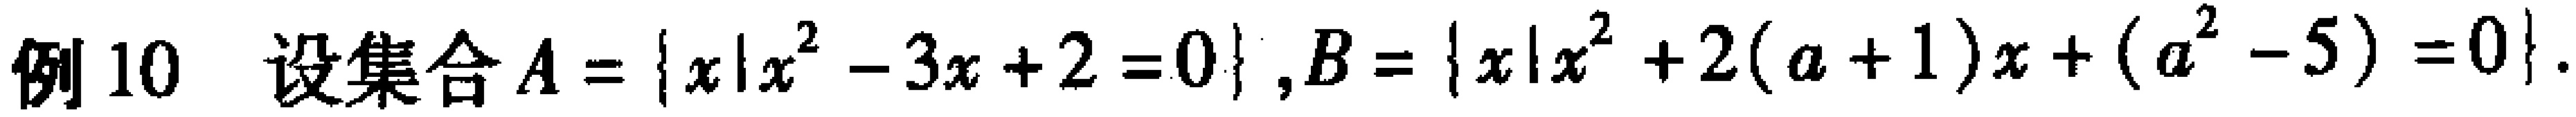
例10 设集合$A = \{x|x^{2}-3x + 2 = 0\},B = \{x|x^{2}+2(a + 1)x+(a^{2}-5)=0\}$.